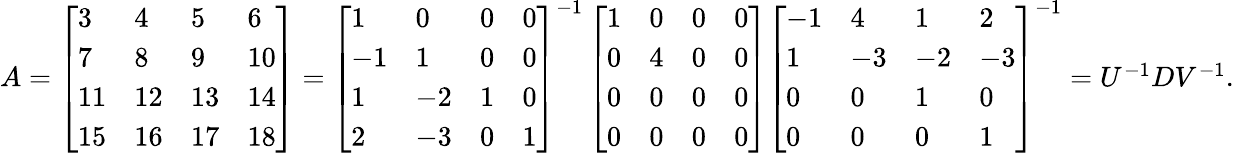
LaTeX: \begin{array}{r}{A=\left[\begin{array}{llll}{3}&{4}&{5}&{6}\\ {7}&{8}&{9}&{10}\\ {11}&{12}&{13}&{14}\\ {15}&{16}&{17}&{18}\end{array}\right]=\left[\begin{array}{llll}{1}&{0}&{0}&{0}\\ {-1}&{1}&{0}&{0}\\ {1}&{-2}&{1}&{0}\\ {2}&{-3}&{0}&{1}\end{array}\right]^{-1}\left[\begin{array}{llll}{1}&{0}&{0}&{0}\\ {0}&{4}&{0}&{0}\\ {0}&{0}&{0}&{0}\\ {0}&{0}&{0}&{0}\end{array}\right]\left[\begin{array}{llll}{-1}&{4}&{1}&{2}\\ {1}&{-3}&{-2}&{-3}\\ {0}&{0}&{1}&{0}\\ {0}&{0}&{0}&{1}\end{array}\right]^{-1}=U^{-1}DV^{-1}.}\end{array}